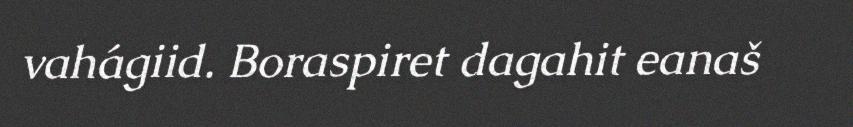
vahágiid. Boraspiret dagahit eanaš